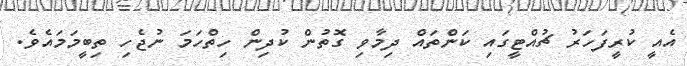
އެއީ ކުރީފަހަރު ޗުއްޓީގައި ކަންތައް ދިމާވި ގޮތުން ކުދިން ހިތްހަމަ ނުޖެހި ތިބީމަމައެވެ.